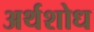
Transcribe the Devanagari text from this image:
अर्थशोध